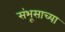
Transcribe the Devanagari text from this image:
संभूसाच्या